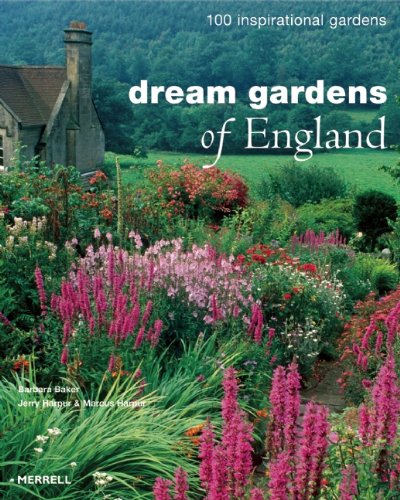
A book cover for Dream Gardens of England: 100 Inspirational Gardens; Barbara Baker; Crafts, Hobbies & Home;